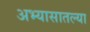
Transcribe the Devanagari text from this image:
अभ्यासातल्या